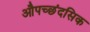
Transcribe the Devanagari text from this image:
औपच्छंदसिक